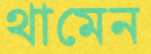
থামেন